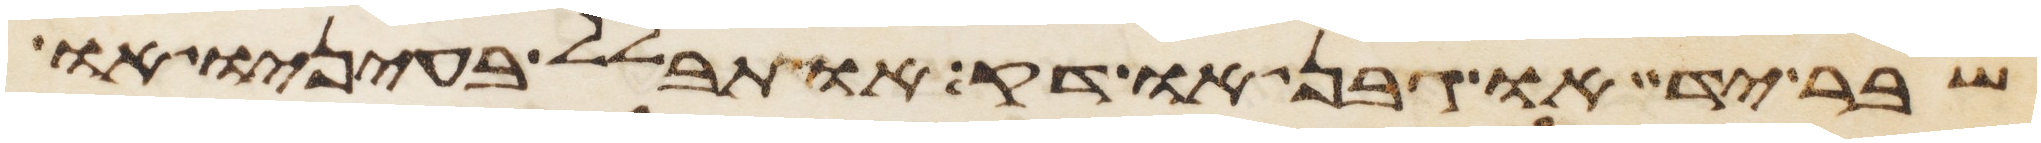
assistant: שבר יד או גבן או דק או תבלל בעיניו או